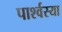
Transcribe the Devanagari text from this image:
पार्श्वस्या